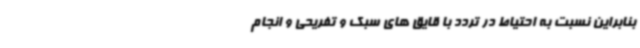
بنابراین نسبت به احتیاط در تردد با قایق های سبک و تفریحی و انجام